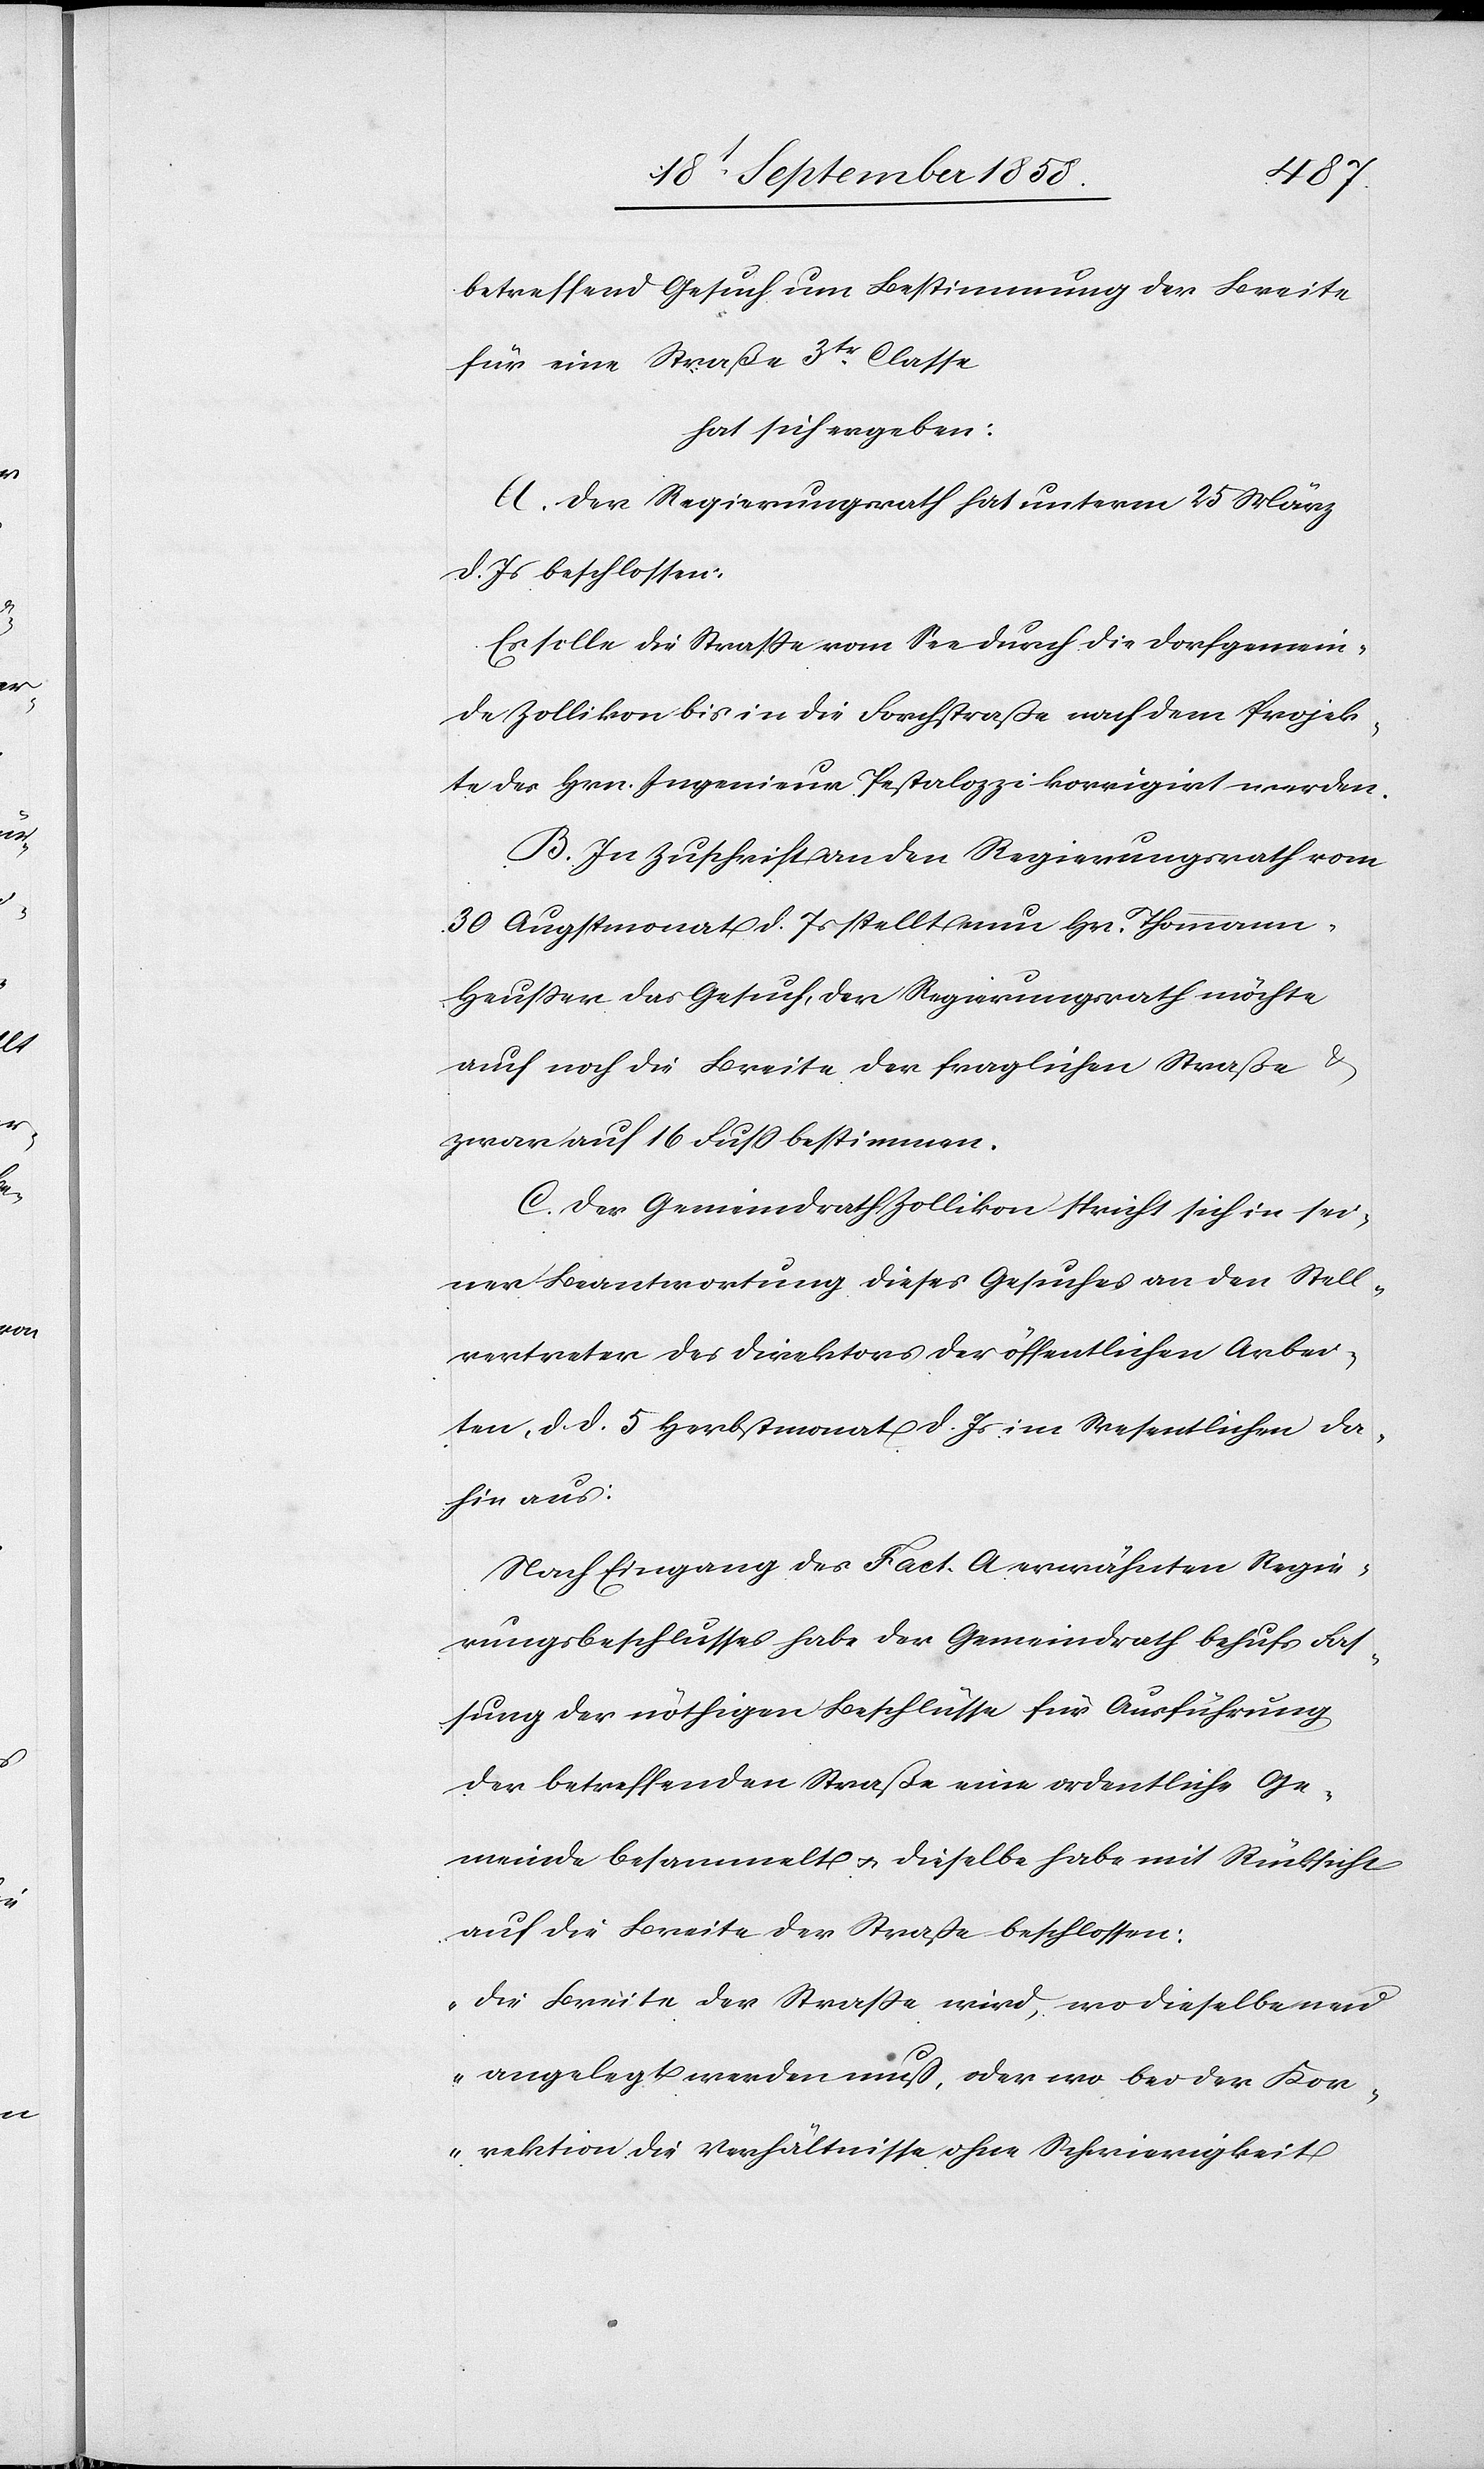
betreffend Gesuch um Bestimmung der Breite
für eine Straße 3tr Classe
hat sich ergeben:
A. Der Regierungsrath hat unterm 25 März
d. Js beschlossen:
Es solle die Straße vom See durch die Dorfgemein¬
de Zollikon bis in die Forchstraße nach dem Projek¬
te des Hrn. Ingenieur Pestalozzi korrigirt werden.
B. In Zuschrift an den Regierungsrath vom
30 Augstmonat d. Js stellt nun Hr. Thomman¬
n-Heußer das Gesuch, der Regierungsrath möchte
auch noch die Breite der fraglichen Straße &
zwar auf 16 Fuss bestimmen.
C. Der Gemeindrath Zollikon spricht sich in sei¬
ner Beantwortung dieses Gesuches an den Stell¬
vertreter des Direktors der öffentlichen Arbei¬
ten, d. d. 5 Herbstmonat d. Js im Wesentlichen da¬
hin aus:
Nach Eingang des Fact. A erwähnten Regie¬
rungsbeschlusses habe der Gemeindrath behufs Fas¬
sung der nöthigen Beschlüsse für Ausführung
der betreffenden Straße eine ordentliche Ge¬
meinde besammelt & dieselbe habe mit Rücksicht
auf die Breite der Straße beschlossen:
„Die Breite der Straße wird, wo dieselbe neu
angelegt werden muß, oder wo bei der Kor¬
rektion die Verhältnisse ohne Schwierigkeit